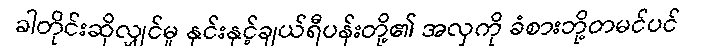
ခါတိုင်းဆိုလျှင်မူ နှင်းနှင့်ချယ်ရီပန်းတို့၏ အလှကို ခံစားဘို့တမင်ပင်